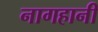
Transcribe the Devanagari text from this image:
नागहानी